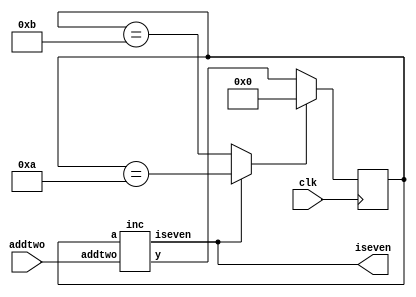
module demo1(input clk, input addtwo, output iseven);
	reg [3:0] cnt;
	wire [3:0] next_cnt;

	inc inc_inst (addtwo, iseven, cnt, next_cnt);

	always @(posedge clk)
		cnt = (iseven ? cnt == 10 : cnt == 11) ? 0 : next_cnt;

`ifdef FORMAL
	assert property (cnt != 15);
	initial assume (!cnt[2]);
`endif
endmodule

module inc(input addtwo, output iseven, input [3:0] a, output [3:0] y);
	assign iseven = !a[0];
	assign y = a + (addtwo ? 2 : 1);
endmodule